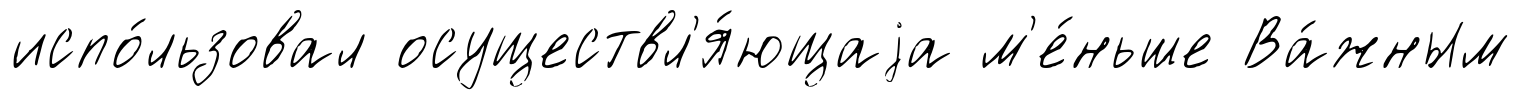
испо́льзовал осуществл'я́ющаjа м'е́ньше Ва́жным